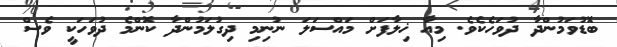
ބޮޑުވަމުންދާ ދުވަހެކެވެ. މިއާ ޚިލާފަށް މައްސަލަ ނުނިމި ދިގުލަމުންދާ ކޮންމެ ދުވަހަކީ ވެސް